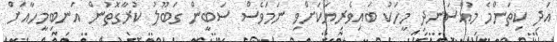
އަދި ކިތަންމެ މުއްސަނދި މީހަކު ބައިވެރިޔަކަށްވި ނަމަވެސް ސަބީން ގަބޫލު ކުރާގޮތުން އަނބިމީހާއަށް